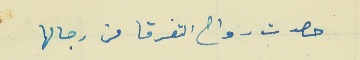
حصدت رواح التفرقا من رجالها